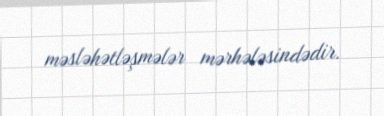
məsləhətləşmələr mərhələsindədir.